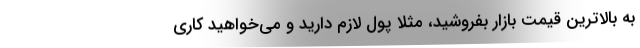
به بالاترین قیمت بازار بفروشید، مثلا پول لازم دارید و می‌خواهید کاری